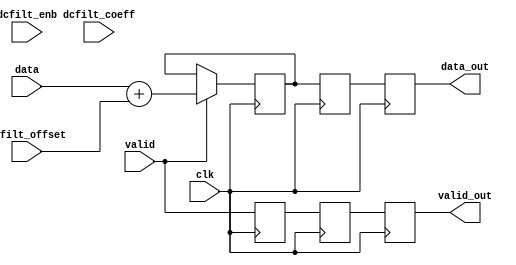
// ***************************************************************************
// ***************************************************************************
// Copyright 2011(c) Analog Devices, Inc.
// 
// All rights reserved.
// 
// Redistribution and use in source and binary forms, with or without modification,
// are permitted provided that the following conditions are met:
//     - Redistributions of source code must retain the above copyright
//       notice, this list of conditions and the following disclaimer.
//     - Redistributions in binary form must reproduce the above copyright
//       notice, this list of conditions and the following disclaimer in
//       the documentation and/or other materials provided with the
//       distribution.
//     - Neither the name of Analog Devices, Inc. nor the names of its
//       contributors may be used to endorse or promote products derived
//       from this software without specific prior written permission.
//     - The use of this software may or may not infringe the patent rights
//       of one or more patent holders.  This license does not release you
//       from the requirement that you obtain separate licenses from these
//       patent holders to use this software.
//     - Use of the software either in source or binary form, must be run
//       on or directly connected to an Analog Devices Inc. component.
//
// THIS SOFTWARE IS PROVIDED BY ANALOG DEVICES "AS IS" AND ANY EXPRESS OR IMPLIED WARRANTIES,
// INCLUDING, BUT NOT LIMITED TO, NON-INFRINGEMENT, MERCHANTABILITY AND FITNESS FOR A
// PARTICULAR PURPOSE ARE DISCLAIMED.
//
// IN NO EVENT SHALL ANALOG DEVICES BE LIABLE FOR ANY DIRECT, INDIRECT, INCIDENTAL, SPECIAL,
// EXEMPLARY, OR CONSEQUENTIAL DAMAGES (INCLUDING, BUT NOT LIMITED TO, INTELLECTUAL PROPERTY
// RIGHTS, PROCUREMENT OF SUBSTITUTE GOODS OR SERVICES; LOSS OF USE, DATA, OR PROFITS; OR
// BUSINESS INTERRUPTION) HOWEVER CAUSED AND ON ANY THEORY OF LIABILITY, WHETHER IN CONTRACT,
// STRICT LIABILITY, OR TORT (INCLUDING NEGLIGENCE OR OTHERWISE) ARISING IN ANY WAY OUT OF
// THE USE OF THIS SOFTWARE, EVEN IF ADVISED OF THE POSSIBILITY OF SUCH DAMAGE.
// ***************************************************************************
// ***************************************************************************
// dc filter- y(n) = c*x(n) + (1-c)*y(n-1)
// NOT IMPLEMENTED

`timescale 1ps/1ps

module ad_dcfilter #(

  // data path disable

  parameter   DISABLE = 0) (

  // data interface

  input               clk,
  input               valid,
  input       [15:0]  data,
  output reg          valid_out,
  output reg  [15:0]  data_out,

  // control interface

  input           dcfilt_enb,
  input   [15:0]  dcfilt_coeff,
  input   [15:0]  dcfilt_offset);

  // internal registers

  reg             valid_d = 'd0;
  reg     [15:0]  data_d = 'd0;
  reg             valid_2d = 'd0;
  reg     [15:0]  data_2d = 'd0;

  // internal signals

  wire    [47:0]  dc_offset_s;

  always @(posedge clk) begin
    valid_d <= valid;
    if (valid == 1'b1) begin
      data_d <= data + dcfilt_offset;
    end
    valid_2d <= valid_d;
    data_2d  <= data_d;
    valid_out <= valid_2d;
    data_out  <= data_2d;
  end

endmodule

// ***************************************************************************
// ***************************************************************************